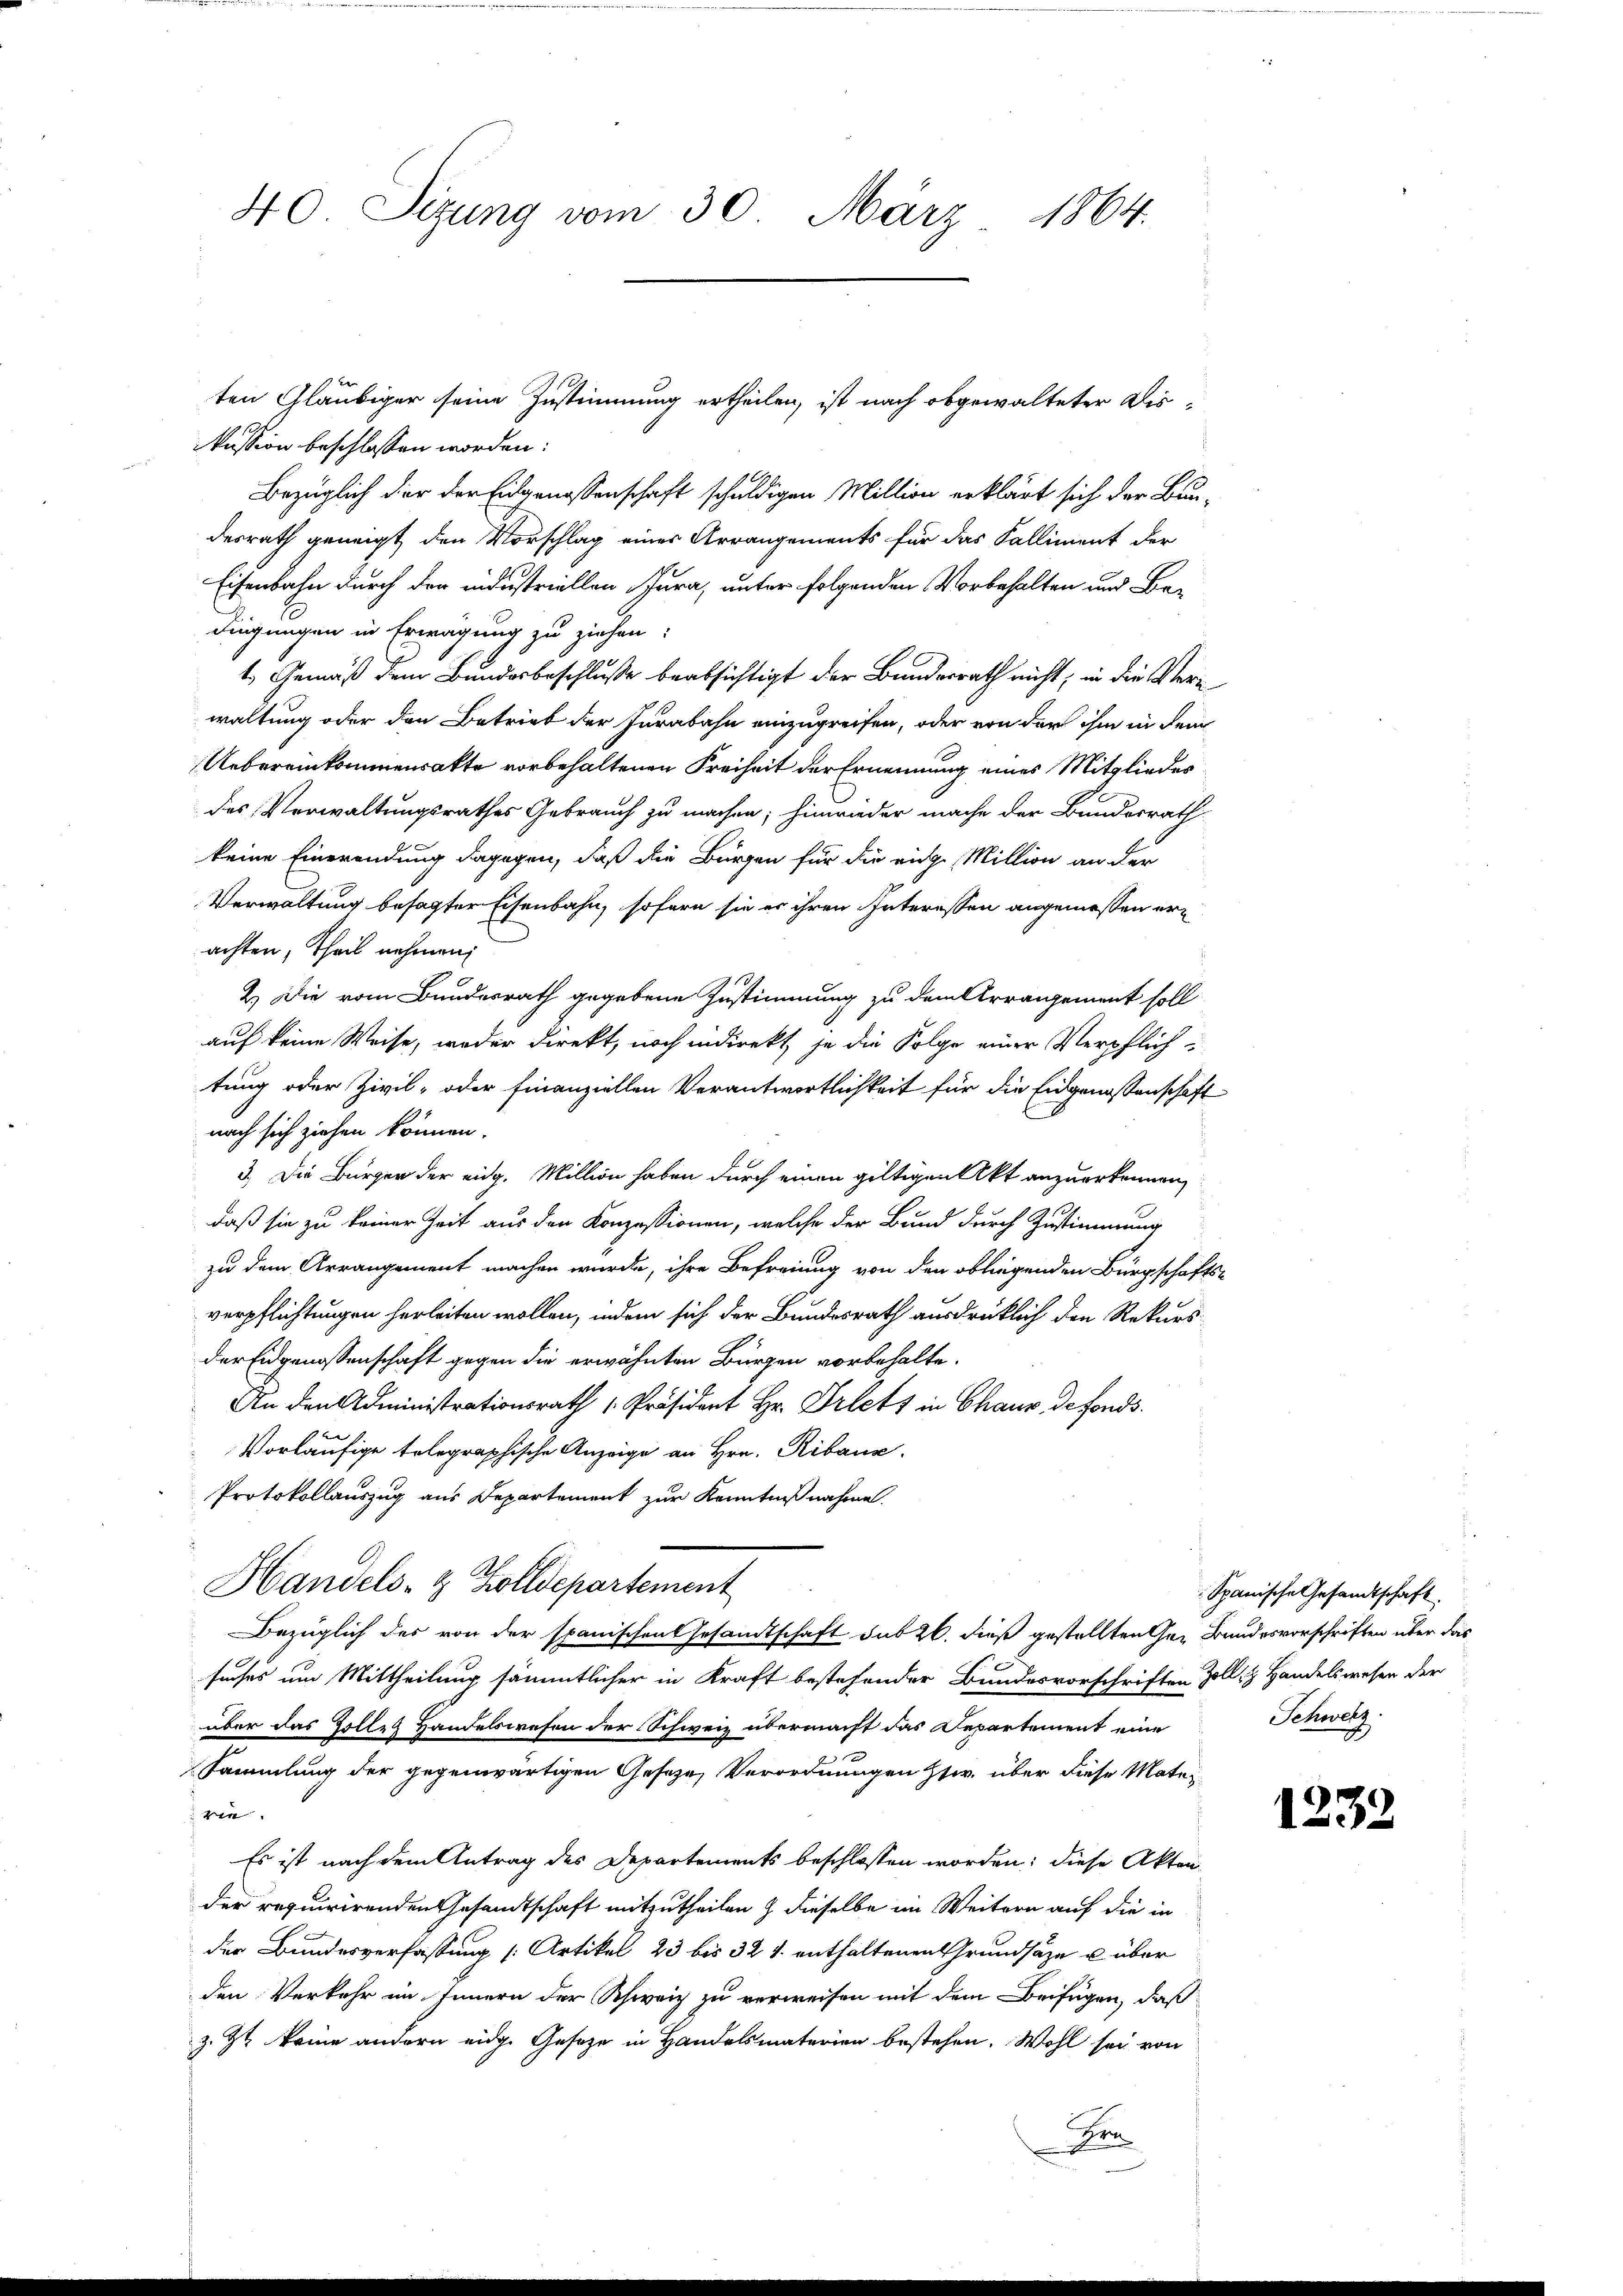
40. Sizung vom 30. März 1864.

ten Gläubiger seine Zustimmung ertheilen, ist nach obgewalteter Diskussion beschlossen worden:
Bezüglich der der Eidgenossenschaft schuldigen Million erklärt sich der Bundesrath geneigt, den Vorschlag eines Arrangements für das Kalliment der
Eisenbahn durch der industriellen Jura, unter folgenden Vorbehalten und Bedingungen in Erwägung zu ziehen.
1.) Gemäß dem Bundesbeschlusse beabsichtigt der Bundesrath nicht, in die Verwaltung oder den Betrieb der Jurabahn einzugreifen, oder von der ihm in dem
Uebereinkommensakte vorbehaltenen Freiheit der Ernennung eines Mitglieder
des Verwaltungsrathes Gebrauch zu machen; hinwieder mache der Bundesrath
keine Einerendung dagegen, daß die Bürgen für die eige Million an der
Verwaltung besagter Eisenbahn, sofern sie er ihren Interessen angemessen erachten, theil nehmen;
2.) Die vom Bundesrath gegebene Zustimmung zu dem Arrangement soll
auf keine Weise, weder Direkt, noch indirekt je die Folge einer Verpflich-
tung oder Zivil- oder finanziellen Verantwortlichkeit für die Eidgenossenschaft
nach sich ziehen können.
3.) Die Bürger der eidg. Million haben durch einen gültigen Akt anzuerkennen,
daß sie zu keiner Zeit aus den Konzessionen, welche der Bund durch Zustimmung
zu dem Arrangement machen würde, ihre Befreiung von den obliegenden Bürgschafts-
verpflichtungen herleiten wollen, indem sich der Bundesrath ausdrücklich den Rekurs-
der Eidgenossenschaft gegen die erwähnten Bürgen vorbehalte.
An den Administrationsrath Präsident Hr. Prett in Chaus, de fonds.
Vorläufige telegraphische Anzeige an Hrn. Ribane.
Protokollauszug aus Departement zur Kenntnißnahme.
Handels- & Zolldepartement
Bezüglich des von der spanischen Gesamtschaft sub 26. dieß gestellten Ger Bundesvorschriften über das
suches um Mittheilung sämmtlicher in Kraft bestehender Bundesvorschriften Zoll & Handelswesen der
über das Zolle Handelswesen der Schweiz übermacht das Departement eine
Sammlung der gegenwärtigen Gesetze, Verordnungen Etw. über diese Mater
ve
Es ist nach dem Antrag des Departements beschlossen worden; diese Akten.
der requirirenden Gesandtschaft mitzutheilen & dieselbe im Weitern auf die in
der Bundesverfassung [Artikel 23 bis 321. enthaltenen Grundsätze u. über
den Verkehr im Innern der Schweiz zu verweisen mit dem Beifügen, daß
z. Zt. keine andern eidge Gesetze in Handelsmaterien bestehen. Wohl sei von
Den

Spanische Gesandtschaft.
Schweiz.

1232